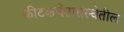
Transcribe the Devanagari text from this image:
कीटकचेतासंस्थेतील